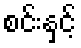
စင်းနှင့်